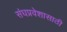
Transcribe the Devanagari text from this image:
संघप्रवेशासाठी